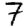
Digit: 7